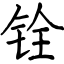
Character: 铨